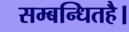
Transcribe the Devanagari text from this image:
सम्बन्धितहै।